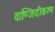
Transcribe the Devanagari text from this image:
वाण्जियीकरण